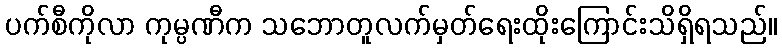
ပက်စီကိုလာ ကုမ္ပဏီက သဘောတူလက်မှတ်ရေးထိုးကြောင်းသိရှိရသည်။